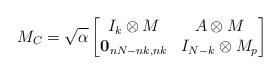
LaTeX: \begin{align*}M_C=\sqrt{\alpha}\begin{bmatrix}I_k\otimes M&A\otimes M\\\boldsymbol{0}_{nN-nk,nk}&I_{N-k}\otimes M_p\end{bmatrix}\end{align*}